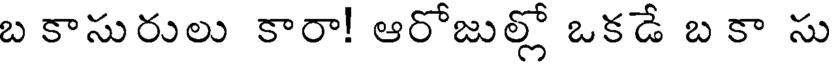
బ కాసురులు కారా! ఆరోజుల్లో ఒకడే బ కా సు